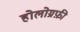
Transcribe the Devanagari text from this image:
होलोग्रफ़ी